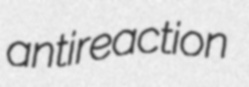
antireaction